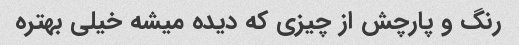
رنگ و پارچش از چیزی که دیده میشه خیلی بهتره